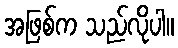
အဖြစ်က သည်လိုပါ။